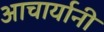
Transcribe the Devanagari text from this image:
आचार्यानी